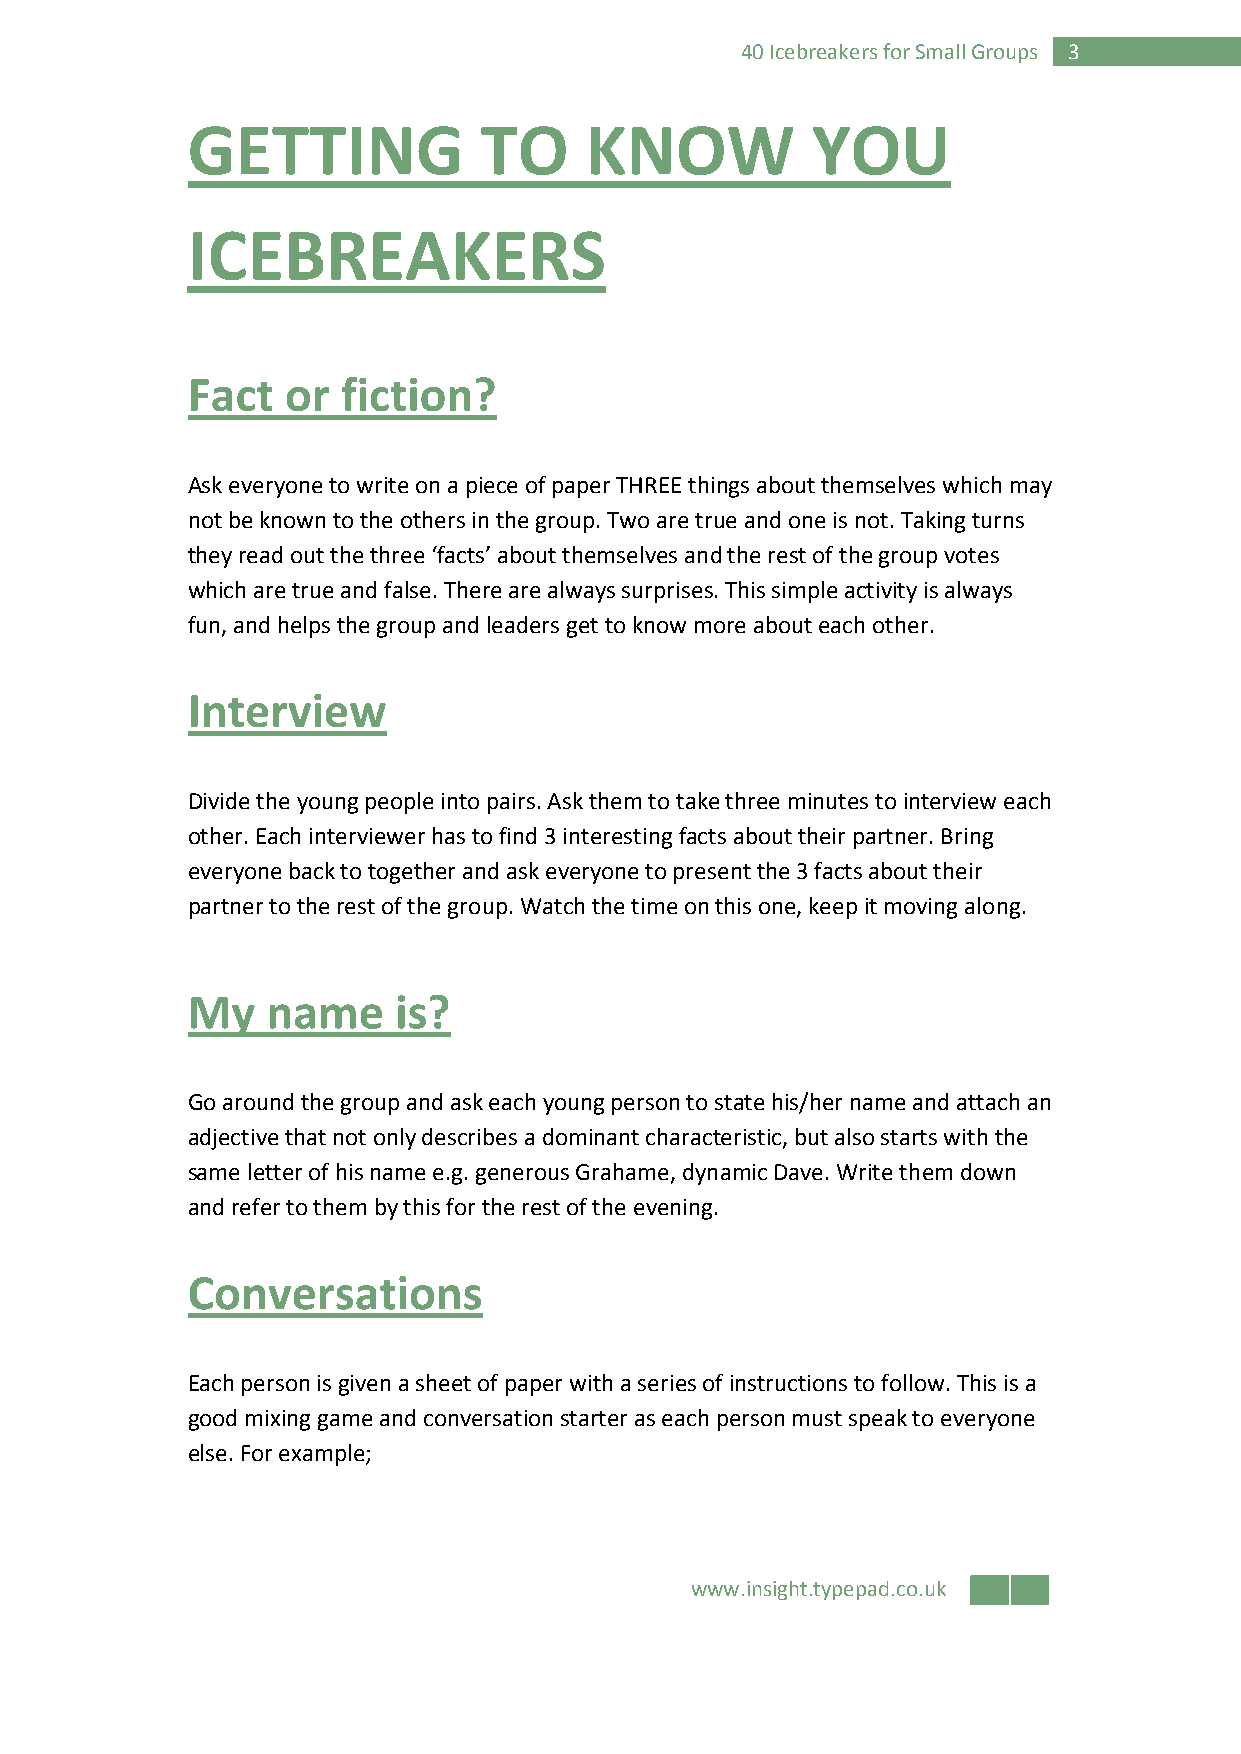
40 Icebreakers for Small Groups 3
 GETTING             TO     KNOW           YOU
 ICEBREAKERS
 Fact   or  fiction?
 Ask everyone to write on a piece of paper THREE things about themselves which may
 not be known to the others in the group. Two are true and one is not. Taking turns
 they read out the three ‘facts’ about themselves and the rest of the group votes
 which are true and false. There are always surprises. This simple activity is always
 fun, and helps the group and leaders get to know more about each other.
 Interview
 Divide the young people into pairs. Ask them to take three minutes to interview each
 other. Each interviewer has to find 3 interesting facts about their partner. Bring
 everyone back to together and ask everyone to present the 3 facts about their
 partner to the rest of the group. Watch the time on this one, keep it moving along.
 My    name    is?
 Go around the group and ask each young person to state his/her name and attach an
 adjective that not only describes a dominant characteristic, but also starts with the
 same letter of his name e.g. generous Grahame, dynamic Dave. Write them down
 and refer to them by this for the rest of the evening.
 Conversations
 Each person is given a sheet of paper with a series of instructions to follow. This is a
 good mixing game and conversation starter as each person must speak to everyone
 else. For example;
 www.insight.typepad.co.uk